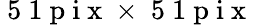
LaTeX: \mathrm{~5~1~p~i~x~}\times\mathrm{~5~1~p~i~x~}